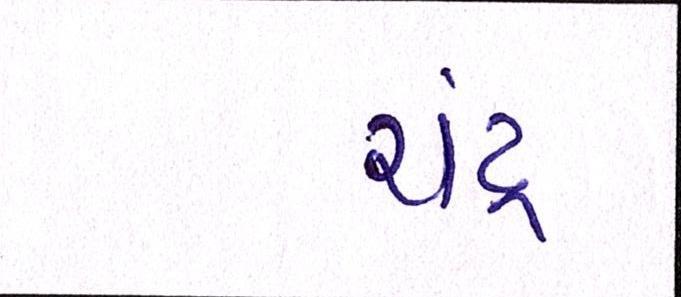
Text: ચંદ્ર